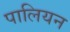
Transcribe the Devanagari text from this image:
पालियन